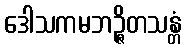
ဒေါသကမဘဉ္ဇိတသန္တံ